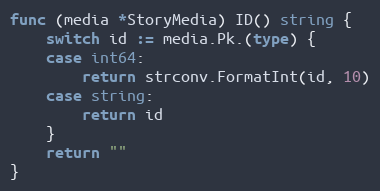
Language: Go
func (media *StoryMedia) ID() string {
	switch id := media.Pk.(type) {
	case int64:
		return strconv.FormatInt(id, 10)
	case string:
		return id
	}
	return ""
}